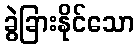
ခွဲခြားနိုင်သော